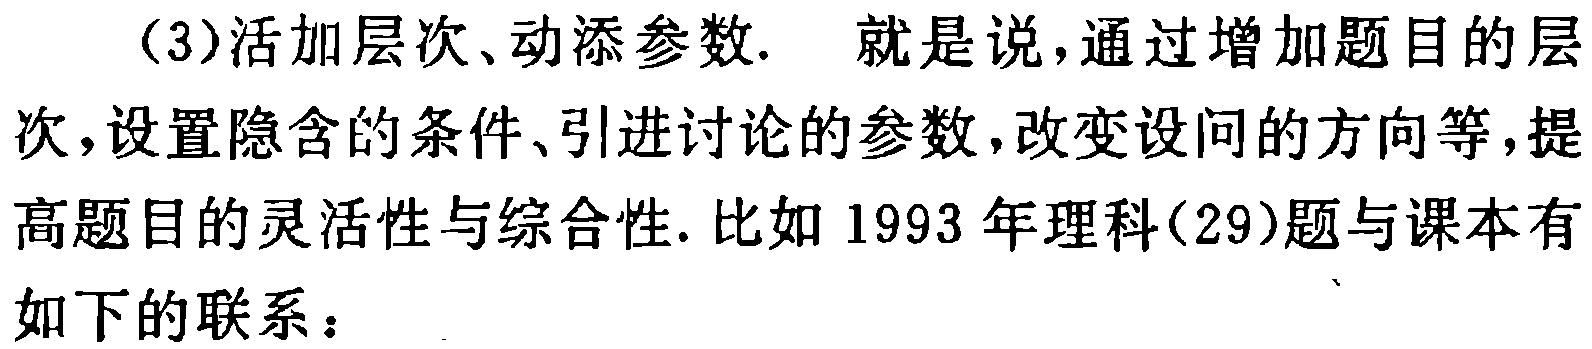
（3）活加层次、动添参数.  就是说，通过增加题目的层次，设置隐含的条件、引进讨论的参数，改变设问的方向等，提高题目的灵活性与综合性. 比如 1993 年理科(29)题与课本有如下的联系：